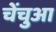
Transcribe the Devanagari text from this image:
चेंचुआ